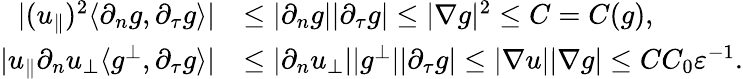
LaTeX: \begin{array}{rl}{|(u_{\parallel})^{2}\langle\partial_{n}g,\partial_{\tau}g\rangle|}&{\leq|\partial_{n}g||\partial_{\tau}g|\leq|\nabla g|^{2}\leq C=C(g),}\\ {|u_{\parallel}\partial_{n}u_{\perp}\langle g^{\perp},\partial_{\tau}g\rangle|}&{\leq|\partial_{n}u_{\perp}||g^{\perp}||\partial_{\tau}g|\leq|\nabla u||\nabla g|\leq CC_{0}\varepsilon^{-1}.}\end{array}